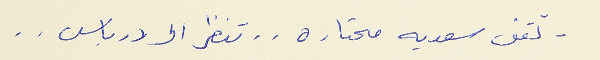
- تقف سعديه محتاره . . تنظر الى درباس . .